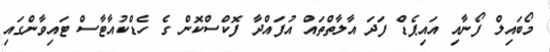
މޯބައިލް ފޯނާއި އައިޕެޑް ފަދަ އާލާތްތައް އުފައްދާ ފޮކްސްކޮން ގެ ހެޑްކުއާޓާސް ޓައިވާންގައި